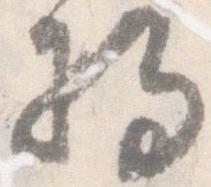
将